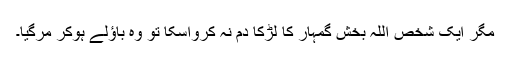
مگر ایک شخص اللہ بخش گُمہار کا لڑکا دم نہ کرواسکا تو وہ باؤلے ہوکر مرگیا۔